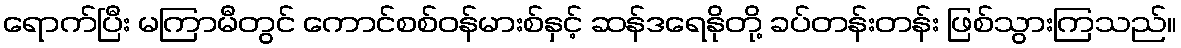
ရောက်ပြီး မကြာမီတွင် ကောင်စစ်ဝန်မားစ်နှင့် ဆန်ဒရေနိုတို့ ခပ်တန်းတန်း ဖြစ်သွားကြသည်။